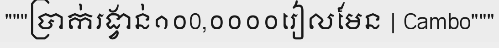
"""ប្រាក់រង្វាន់១០0,០០០០រៀលមែន | Cambo"""